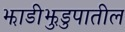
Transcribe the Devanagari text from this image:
झाडीझुडुपातील